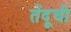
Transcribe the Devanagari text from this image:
तेंदूची